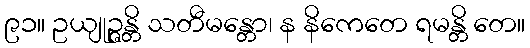
၉၁။ ဥယျုဉ္ဇန္တိ သတီမန္တော၊ န နိကေတေ ရမန္တိ တေ။